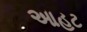
આહટ